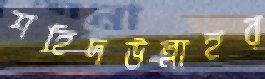
শহিদউল্লাহর